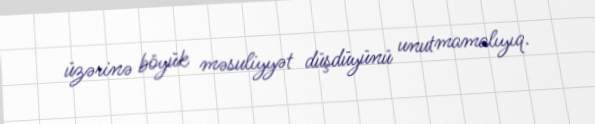
üzərinə böyük məsuliyyət düşdüyünü unutmamalıyıq.